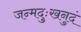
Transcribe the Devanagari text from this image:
जन्मदुःखनुदं